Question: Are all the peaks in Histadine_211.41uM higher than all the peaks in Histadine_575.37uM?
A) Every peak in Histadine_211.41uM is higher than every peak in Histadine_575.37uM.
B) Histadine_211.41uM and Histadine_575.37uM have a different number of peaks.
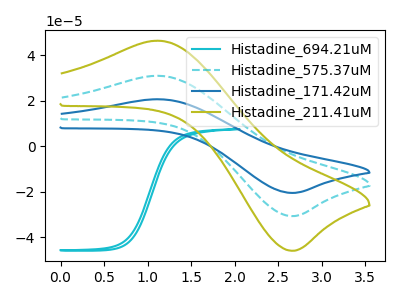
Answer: <think>The cyan curve "Histadine_694.21uM" has no peaks. The cyan dashed curve "Histadine_575.37uM" has an anodic peak at (1.10V, 31.05uA) and a cathodic peak at (2.70V, -30.70uA). The blue curve "Histadine_171.42uM" has an anodic peak at (1.10V, 62.10uA) and a cathodic peak at (2.70V, -61.35uA). The olive curve "Histadine_211.41uM" has an anodic peak at (1.10V, 46.50uA) and a cathodic peak at (2.70V, -45.95uA).</think>
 <answer>A) Every peak in "Histadine_211.41uM" is higher than every peak in "Histadine_575.37uM".</answer>
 <eval>A</eval>